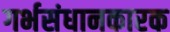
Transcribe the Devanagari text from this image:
गर्भसंधानकारक